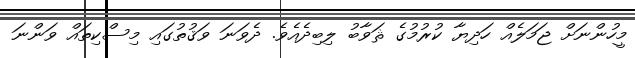
މީހުންނަށް ޖަމަލެއް ހަދިޔާ ކުރުމުގެ ޘަވާބު ލިބިދެއެވެ. ދެވަނަ ވަޤުތުގައި މިސްކިތައް ވަންނަ